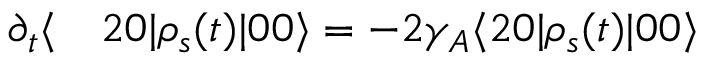
\begin{array} { r l } { \partial _ { t } \langle } & { { } 2 0 | \rho _ { s } ( t ) | 0 0 \rangle = - 2 \gamma _ { A } \langle 2 0 | \rho _ { s } ( t ) | 0 0 \rangle } \end{array}